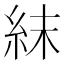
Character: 𥿉